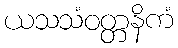
ယသသံဝတ္တနိကံ